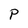
Character: P